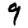
Digit: 9